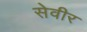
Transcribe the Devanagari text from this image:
सेवीर